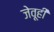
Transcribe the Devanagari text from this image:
जेवूही